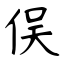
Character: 俣